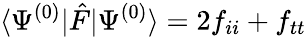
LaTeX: \langle\Psi^{(0)}|\hat{F}|\Psi^{(0)}\rangle=2f_{ii}+f_{tt}